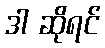
ဒါ ဆိုရင်